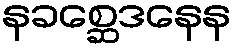
နခစ္ဆေဒနေန